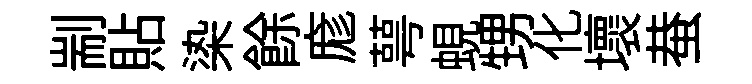
剬貼𣑱餘庬萼蜆甥化壞蛬